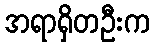
အရာရှိတဦးက